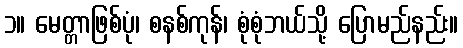
၁။ မေတ္တာဖြစ်ပုံ၊ စနစ်ကုန်၊ စုံစုံဘယ်သို့ ပြောမည်နည်း။